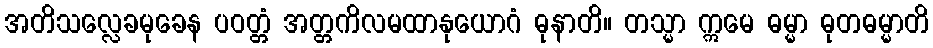
အတိသလ္လေခမုခေန ပဝတ္တံ အတ္တကိလမထာနုယောဂံ ဓုနာတိ။ တသ္မာ ဣမေ ဓမ္မာ ဓုတဓမ္မာတိ